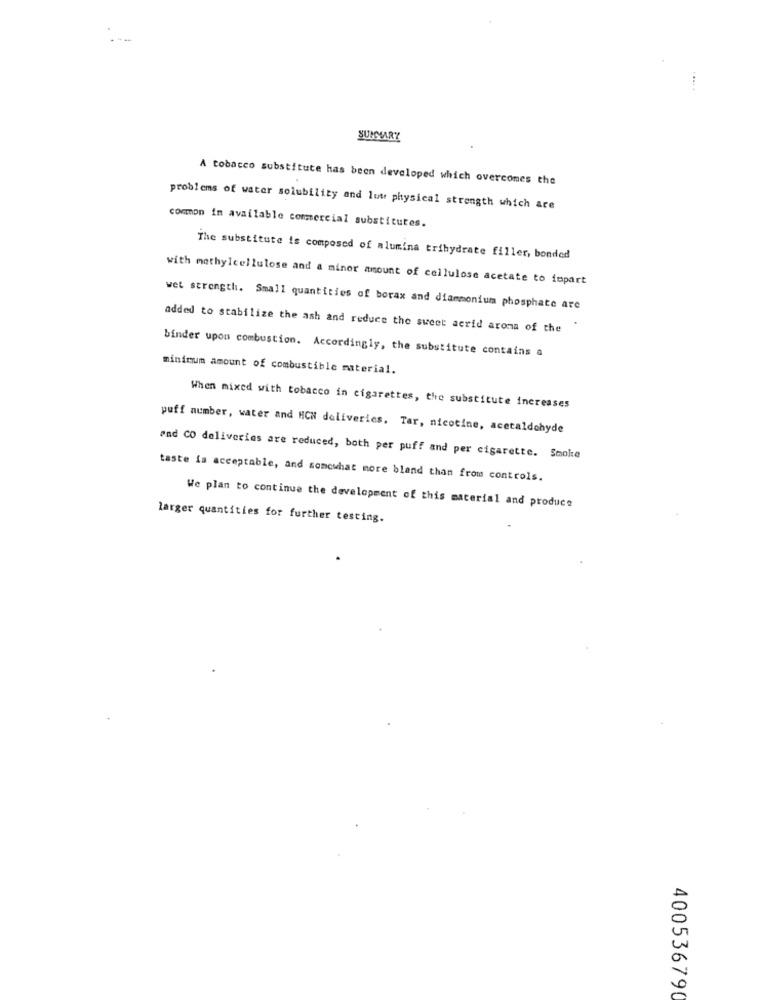
SUMMARY
A tobacco substitute has been developed which overcomes the
problems of water solubility and lut physical strength which are
common in available commercial substitutes.
The substitute is composed of alumina trihydrate filler, bonded
with methylcellulose and a minor amount of cellulose acetate to fopart
wet strength. Small quantities of borax and diammonium phosphate are
added to stabilize the ash and reduce the sweet acrid aroma of the
binder upon combustion. Accordingly, the substitute contains a
minimum amount of combustible material.
When mixed with tobacco in cigarettes, the substitute increases
puff number, water and HCN deliveries. Tar, nicotine, acetaldohyde
and CO deliveries are reduced, both per puff and per cigarette. Smoke
taste is acceptable, and somewhat more bland than from controls.
We plan to continue the development of this material and produce
larger quantities for further testing.
400536790